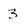
Character: 3